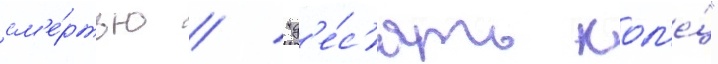
см'е́ртью / "д'е́с'ять кол'е́ц"